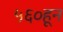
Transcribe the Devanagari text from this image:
५६०हून